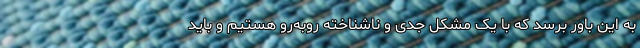
به این باور برسد که با یک مشکل جدی و ناشناخته روبه‌رو هستیم و باید